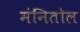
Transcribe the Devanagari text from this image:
मंनितोल